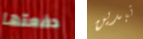
دفعتها تبدين